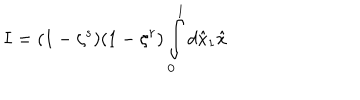
LaTeX: I = ( 1 - \zeta ^ { s } ) ( 1 - \zeta ^ { r } ) \int _ { 0 } ^ { 1 } d \hat { x } _ { 1 } \hat { x }